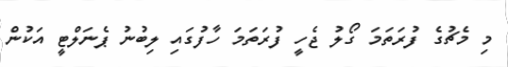
މި މެޗުގެ ފުރަތަމަ ގޯލު ޖެހީ ފުރަތަމަ ހާފުގައި ލިބުނު ޕެނަލްޓީ އަކުން